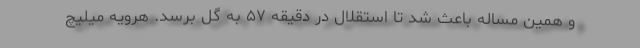
و همین مساله باعث شد تا استقلال در دقیقه ۵۷ به گل برسد. هرویه میلیچ